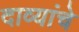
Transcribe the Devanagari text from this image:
दाव्यांचे